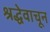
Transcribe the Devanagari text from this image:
श्रद्धेवाचून